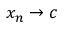
x _ { n } \to c